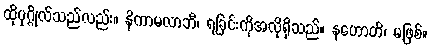
ထိုပုဂ္ဂိုလ်သည်လည်း။ နိကာမလာဘီ၊ ရခြင်းကိုအလိုရှိသည်။ နဟောတိ၊ မဖြစ်။